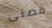
قصتى